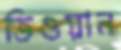
তিওয়ান